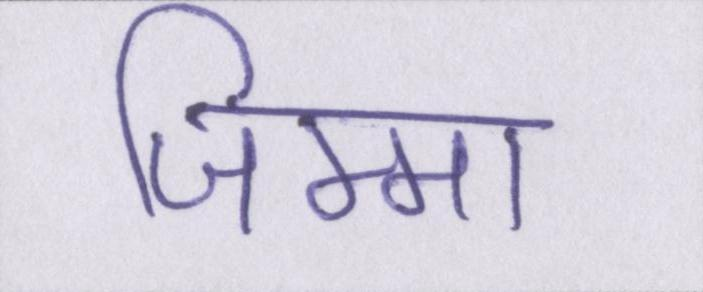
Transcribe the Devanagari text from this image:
जिम्मा